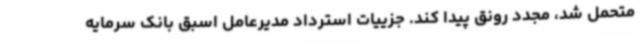
متحمل شد، مجدد رونق پیدا کند. جزییات استرداد مدیرعامل اسبق بانک سرمایه